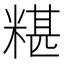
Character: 糂